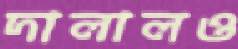
দালালও